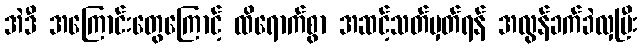
အဲဒီ အကြောင်းတွေကြောင့် ထိရောက်စွာ အဆင့်သတ်မှတ်ရန် အလွန်ခက်ခဲလှပြီး